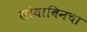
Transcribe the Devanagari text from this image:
सोयाबिनचा